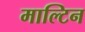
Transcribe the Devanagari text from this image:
माल्टिन